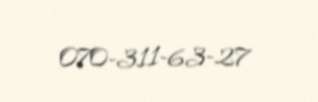
070-311-63-27